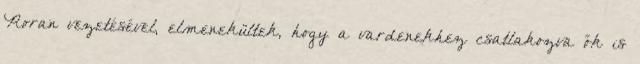
Roran vezetésével, elmenekültek, hogy a vardenekhez csatlakozva ők is